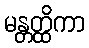
မန္တတ္ထိကာ